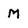
Character: M